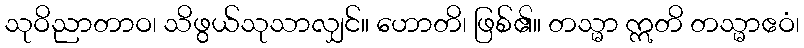
သုဝိညာတာဝ၊ သိဖွယ်သုသာလျှင်။ ဟောတိ၊ ဖြစ်၏။ တသ္မာ ဣတိ တသ္မာဧဝံ၊